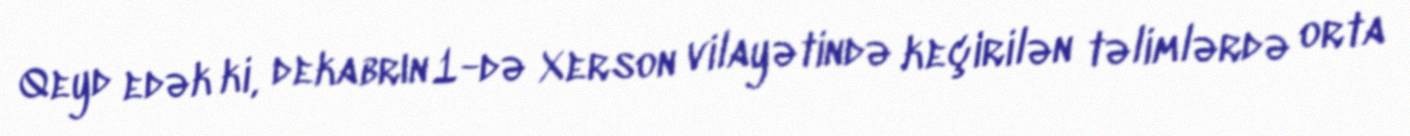
Qeyd edək ki, dekabrın 1-də Xerson vilayətində keçirilən təlimlərdə orta